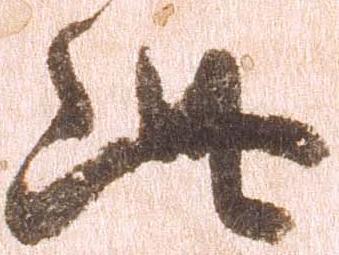
此